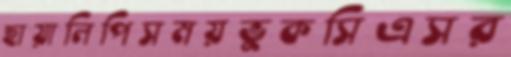
ছায়ালিপিসময়ভুকসিএসর